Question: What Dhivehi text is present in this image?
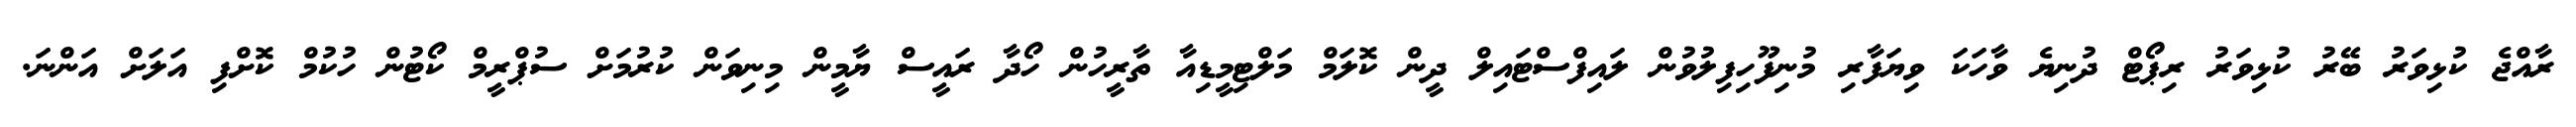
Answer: ރާއްޖެ ކުޅިވަރު ބޭރު ކުޅިވަރު ރިޕޯޓް ދުނިޔެ ވާހަކަ ވިޔަފާރި މުނިފޫހިފިލުވުން ލައިފްސްޓައިލް ދީން ކޮލަމް މަލްޓިމީޑިއާ ތާރީހުން ހޯދާ ރައީސް ޔާމީން މިނިވަން ކުރުމަށް ސުޕްރީމް ކޯޓުން ހުކުމް ކޮށްފި އަލަށް އަންނަ.